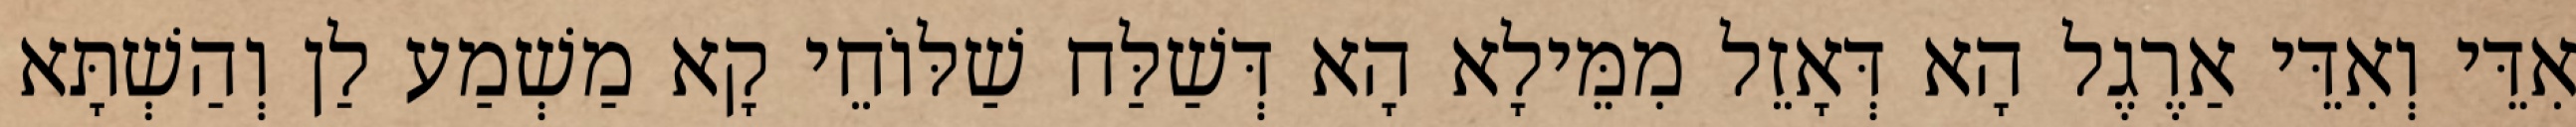
אִדֵּי וְאִדֵּי אַרֶגֶל הָא דְּאָזֵל מִמֵּילָא הָא דְּשַׁלַּח שַׁלּוֹחֵי קָא מַשְׁמַע לַן וְהַשְׁתָּא